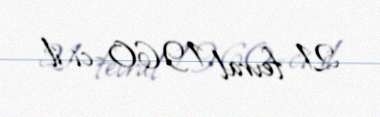
21 fevral 1960-ci il